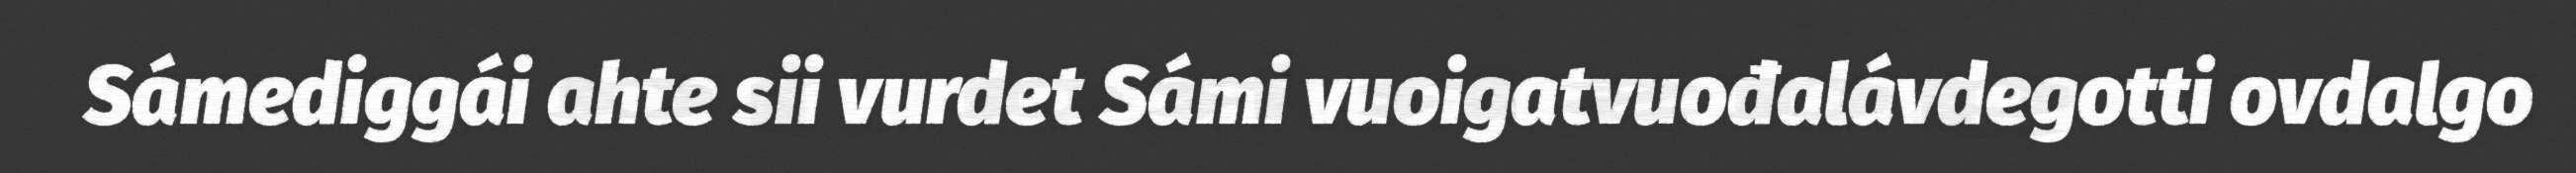
Sámediggái ahte sii vurdet Sámi vuoigatvuođalávdegotti ovdalgo